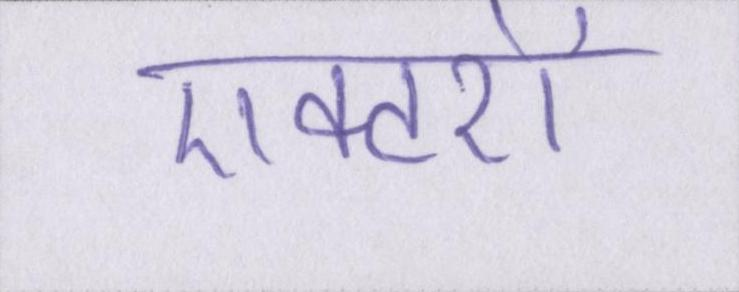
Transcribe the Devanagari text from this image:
एक्टरों